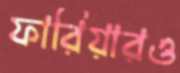
ফারিয়ারও